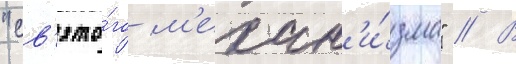
"св'ято́го м'ехан'и́зма" // В